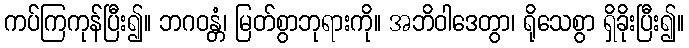
ကပ်ကြကုန်ပြီး၍။ ဘဂဝန္တံ၊ မြတ်စွာဘုရားကို။ အဘိဝါဒေတွာ၊ ရိုသေစွာ ရှိခိုးပြီး၍။